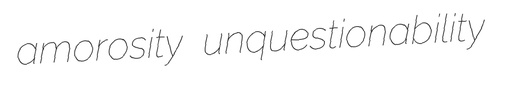
amorosity unquestionability